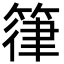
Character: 箻